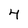
Character: 4